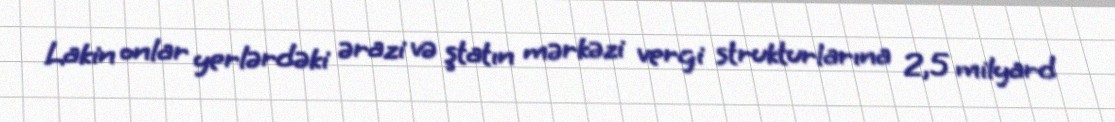
Lakin onlar yerlərdəki ərazi və ştatın mərkəzi vergi strukturlarına 2,5 milyard